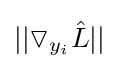
||\triangledown _{y_{i}}{\hat {L}}||